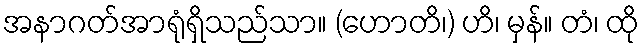
အနာဂတ်အာရုံရှိသည်သာ။ (ဟောတိ၊) ဟိ၊ မှန်။ တံ၊ ထို